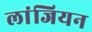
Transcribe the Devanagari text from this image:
लांजियन